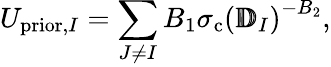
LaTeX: U_{\mathrm{prior},I}=\sum_{J\neq I}B_{1}\sigma_{\mathrm{c}}\left(\pmb{\mathbb{D}}_{I}\right)^{-B_{2}},